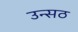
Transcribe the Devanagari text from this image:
उन्सठ